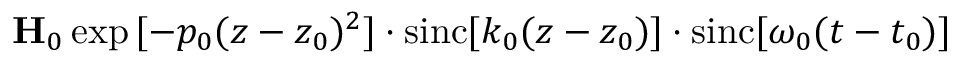
\mathbf { H } _ { 0 } \exp { [ - p _ { 0 } ( z - z _ { 0 } ) ^ { 2 } ] } \cdot \mathrm { s i n c } [ k _ { 0 } ( z - z _ { 0 } ) ] \cdot \mathrm { s i n c } [ \omega _ { 0 } ( t - t _ { 0 } ) ]